画像に写った文字を読んでください
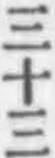
「三十三」と書いてあります